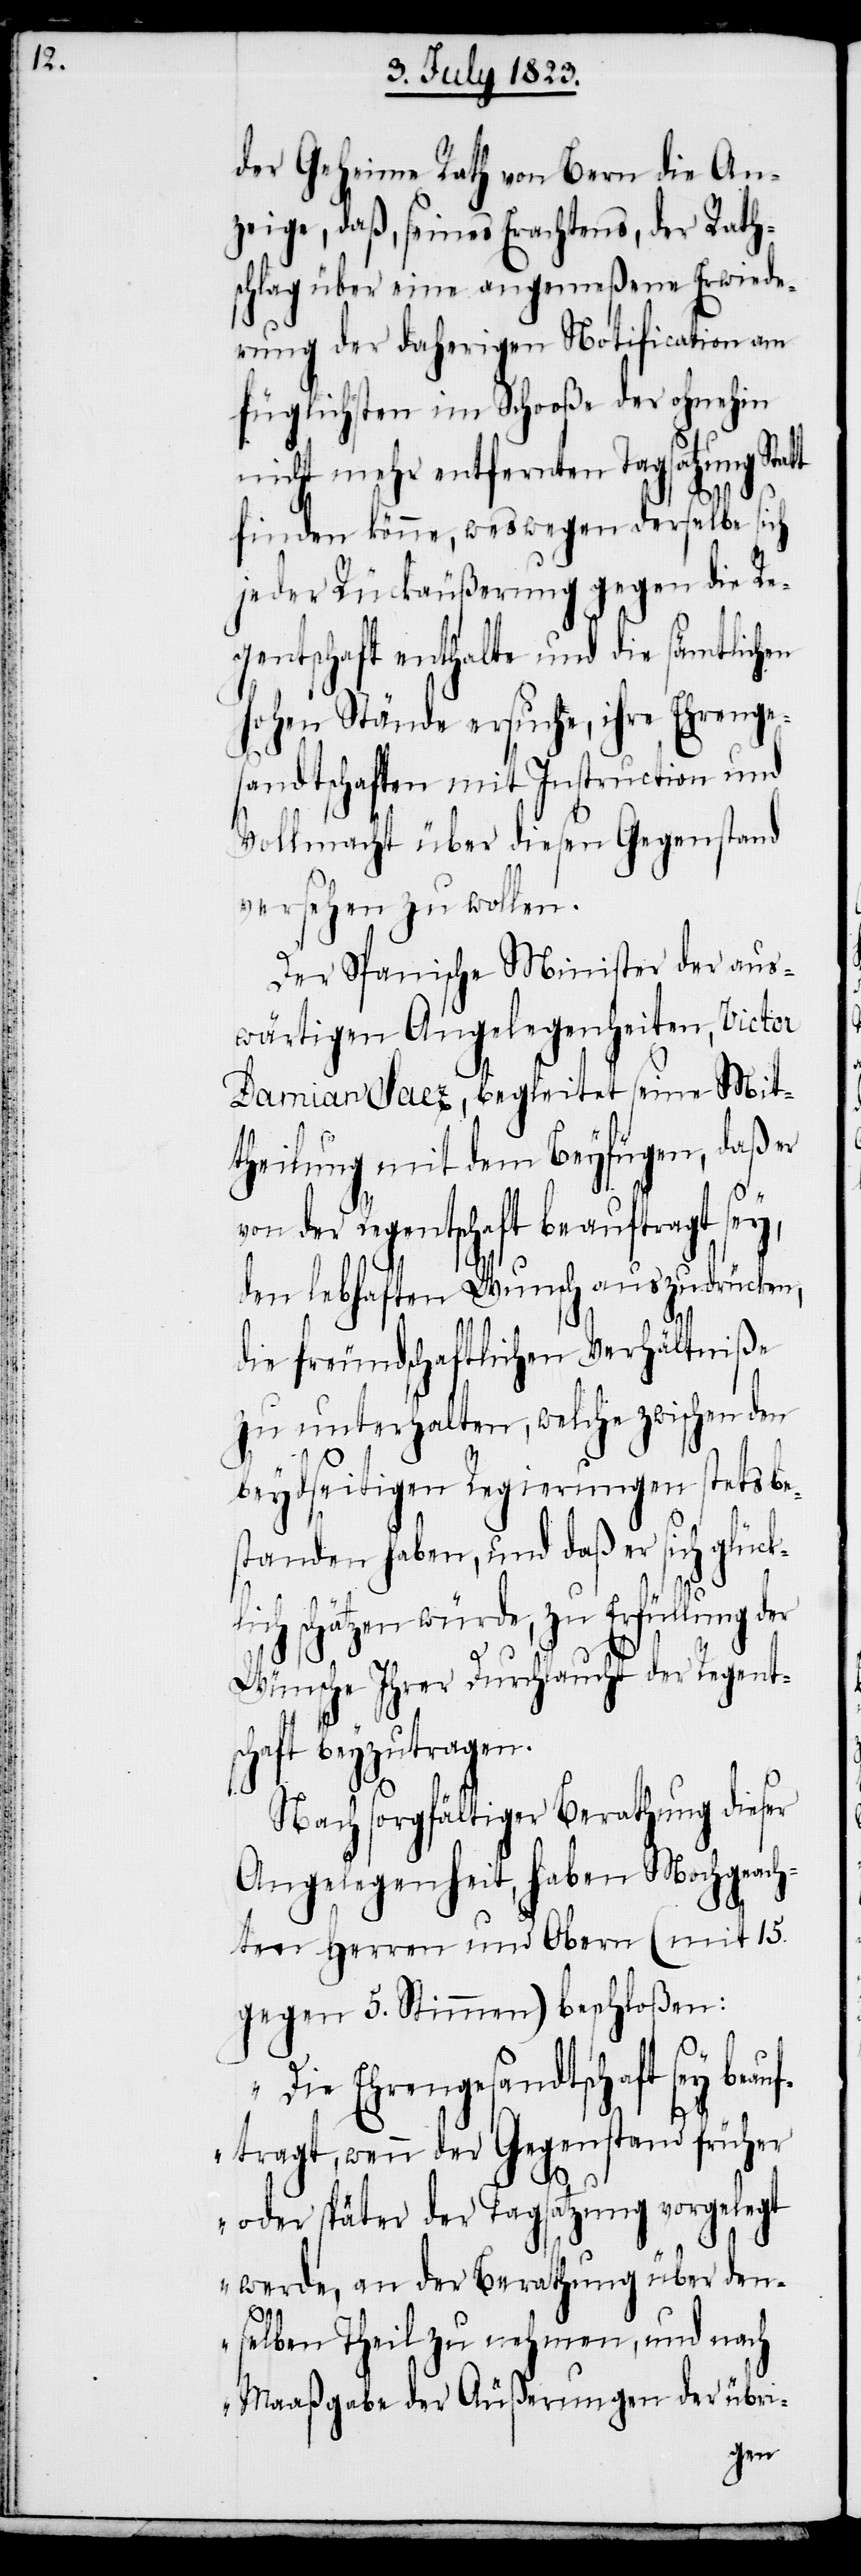
der Geheime Rath von Bern die An¬
zeige, daß, seines Erachtens, der Rath¬
schlag über eine angemeßene Erwiede¬
rung der daherigen Notification am
füglichsten im Schooße der ohnehin
nicht mehr entfernten Tagsatzung Stat¬
finden könne, weswegen derselbe sich
jeder Rückäußerung gegen die Re¬
gentschaft enthalte und die sämtlichen
hohen Stände ersuche, ihre Ehrenge¬
sandtschaften mit Instruction und
Vollmacht über diesen Gegenstand
versehen zu wollen.
Der Spanische Minister der aus¬
wärtigen Angelegenheiten, Victor
Damian Saez, begleitet seine Mit¬
theilung mit dem Beyfügen, daß er
von der Regentschaft beauftragt sey,
den lebhaften Wunsch auszudrücken,
die freundschaftlichen Verhältniße
zu unterhalten, welche zwischen den
beydseitigen Regierungen stets be¬
standen haben, und daß er sich glück¬
lich schätzen würde, zu Erfüllung der
Wünsche Ihrer Durchlaucht der Regent¬
schaft beyzutragen.
Nach sorgfältiger Berathung dieser
Angelegenheit, haben M[H]ochgeach¬
ten Herren und Obern (mit 15.
gegen 5. Stimmen) beschloßen:
„Die Ehrengesandtschaft sey be¬
auftragt, wenn der Gegenstand früher
t
oder später der Tagsatzung vorgelegt
werde, an der Berathung über den¬
selben Theil zu nehmen, und nach
Maaßgabe der Äußerungen der übri-